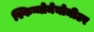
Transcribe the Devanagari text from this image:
स्फिग्मोमेनोमीटर